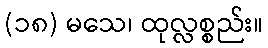
(၁၈) မသေ၊ ထုလ္လစ္စည်း။